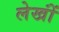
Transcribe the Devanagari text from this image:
लेखोंं